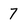
Character: 7